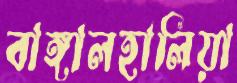
বাঙ্গালহালিয়া